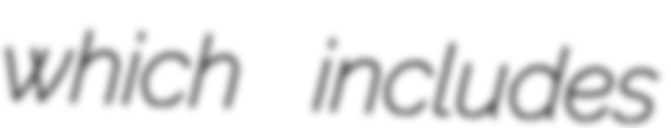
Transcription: which includes